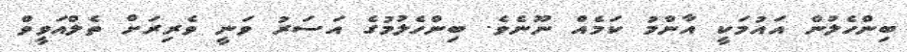
ބިންހެލުން އައުމަކީ އާންމު ކަމެއް ނޫނެވެ. ބިންހެލުމުގެ އަސަރު ވަނީ ވެރިރަށް ތެލްއަވީވް